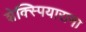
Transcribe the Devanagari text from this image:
शेक्स्पियाराना